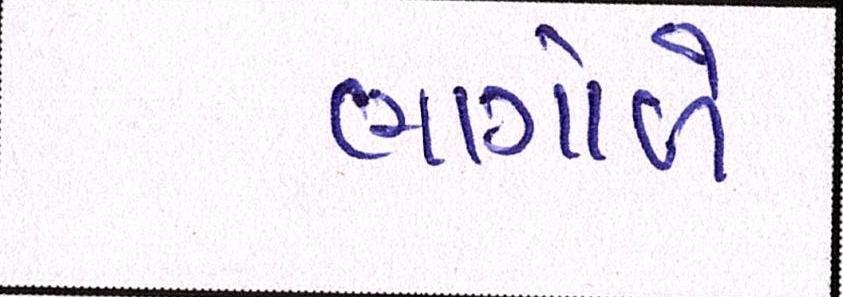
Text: ભાગોળે